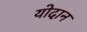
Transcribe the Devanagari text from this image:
योदान